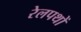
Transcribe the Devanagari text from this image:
रेलपथों